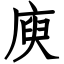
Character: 庾